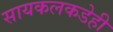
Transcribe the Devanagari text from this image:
सायकलकडेही